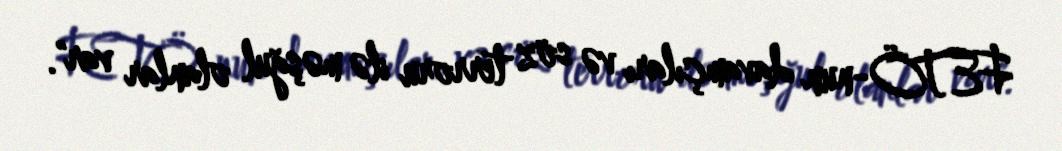
FETÖ-nun davamçıları və söz terroru ilə məşğul olanlar var".